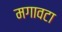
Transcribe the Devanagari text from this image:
मगावटा